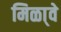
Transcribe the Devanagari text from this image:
मिळा्वे